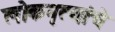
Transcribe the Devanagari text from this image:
लोकनृत्यांचे